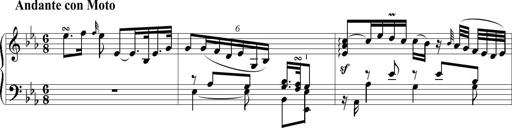
Title: 6 Leichte Sonatinen, Teil 1
Composer: F. Sigismund Sander